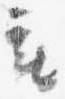
座